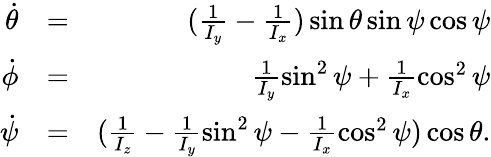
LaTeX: \begin{array}{rlr}{\dot{\theta}}&{=}&{(\frac{1}{I_{y}}-\frac{1}{I_{x}})\sin\theta\sin\psi\cos\psi}\\ {\dot{\phi}}&{=}&{\frac{1}{I_{y}}\sin^{2}\psi+\frac{1}{I_{x}}\cos^{2}\psi}\\ {\dot{\psi}}&{=}&{(\frac{1}{I_{z}}-\frac{1}{I_{y}}\sin^{2}\psi-\frac{1}{I_{x}}\cos^{2}\psi)\cos\theta.}\end{array}